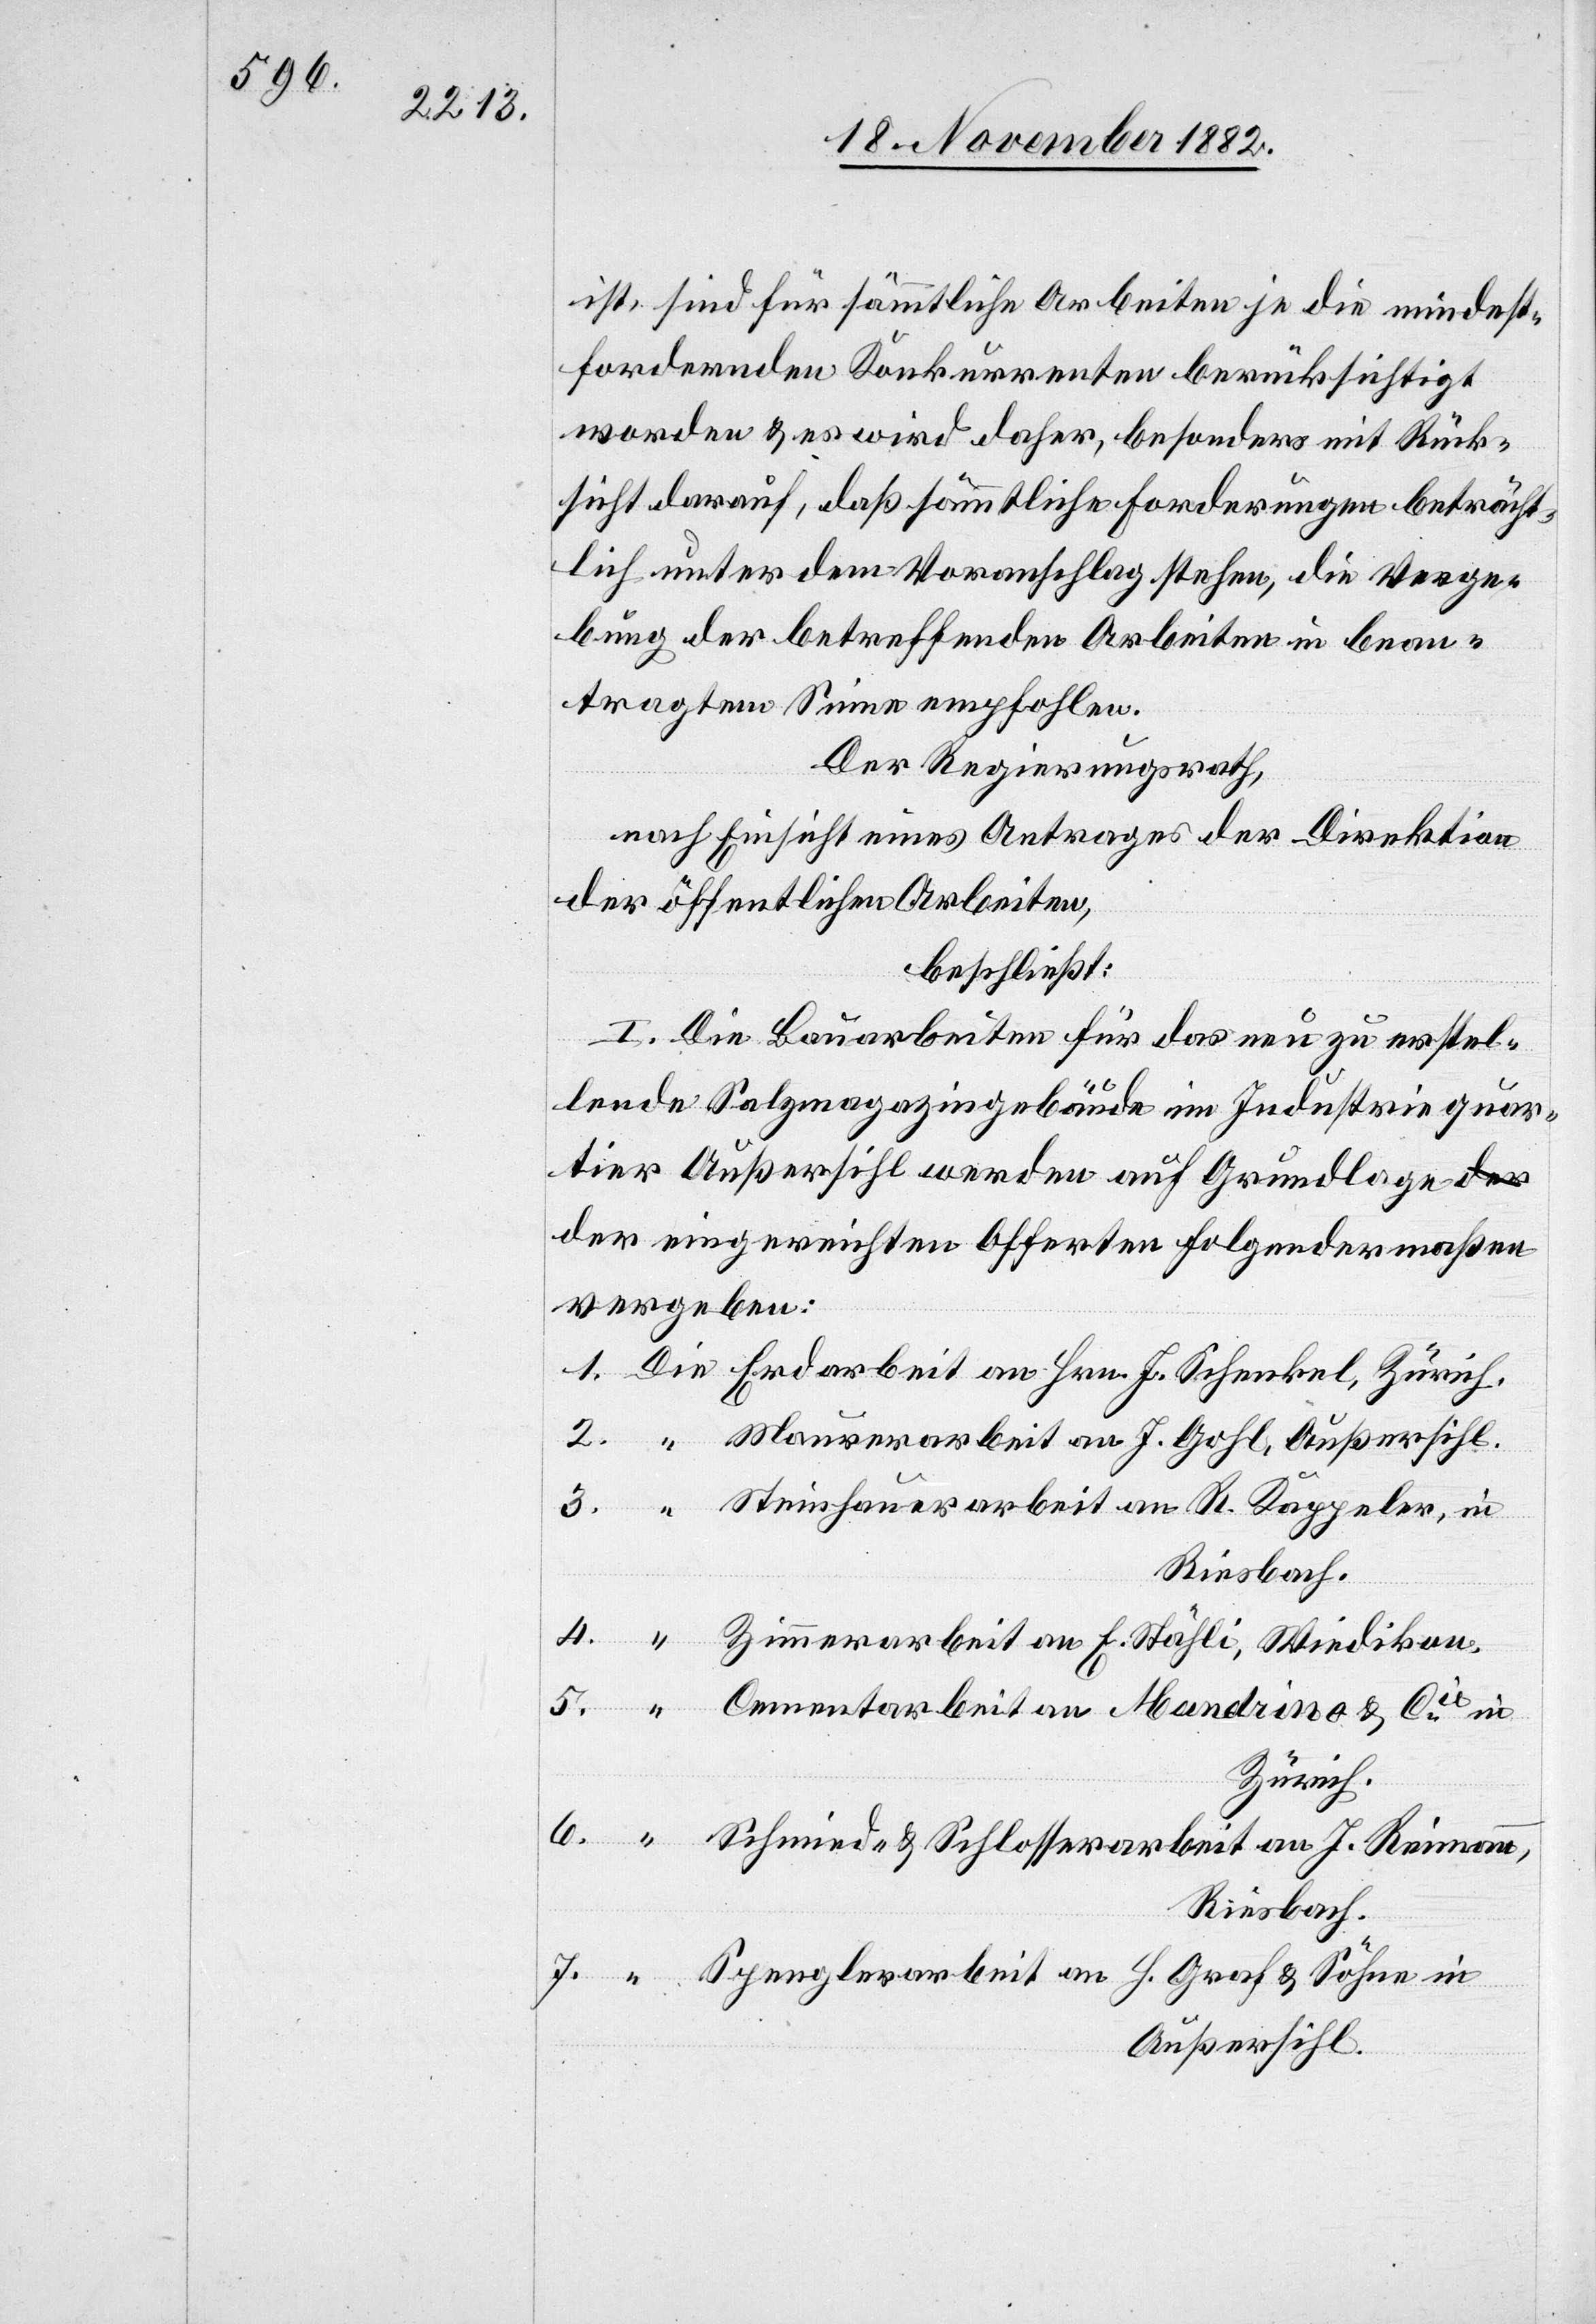
ist, sind für sämmtliche Arbeiten je die mindest¬
fordernden Konkurrenten berücksichtigt
worden & es wird daher, besonders mit Rück¬
sicht darauf, daß sämmtliche Forderungen beträcht¬
lich unter dem Voranschlag stehen, die Verge¬
bung der betreffenden Arbeiten in bean¬
tragten Sinne empfohlen.
Der Regierungsrath,
nach Einsicht eines Antrages der Direktion
der öffentlichen Arbeiten,
beschließt:
I. Die Bauarbeiten für das neu zu erstel¬
lende Salzmagazingebäude im Industriequar¬
tier Außersihl werden auf Grundlage
der eingereichten Offerten folgendermaßen
vergeben:
Steinhauerarbeit an R. Kappeler, in
Riesbach.
Zimmerarbeit an E. Stähli, Wiedikon.
Zürich.
Schmied- & Schlosserarbeit an J. Reimann,
Riesbach.
Spenglerarbeit an H. Graf & Söhne in
Außersihl.